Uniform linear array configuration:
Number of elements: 8
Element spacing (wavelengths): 1
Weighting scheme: hamming
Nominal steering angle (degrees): -15
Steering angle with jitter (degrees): -16.229
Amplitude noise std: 0.05
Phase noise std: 0.05

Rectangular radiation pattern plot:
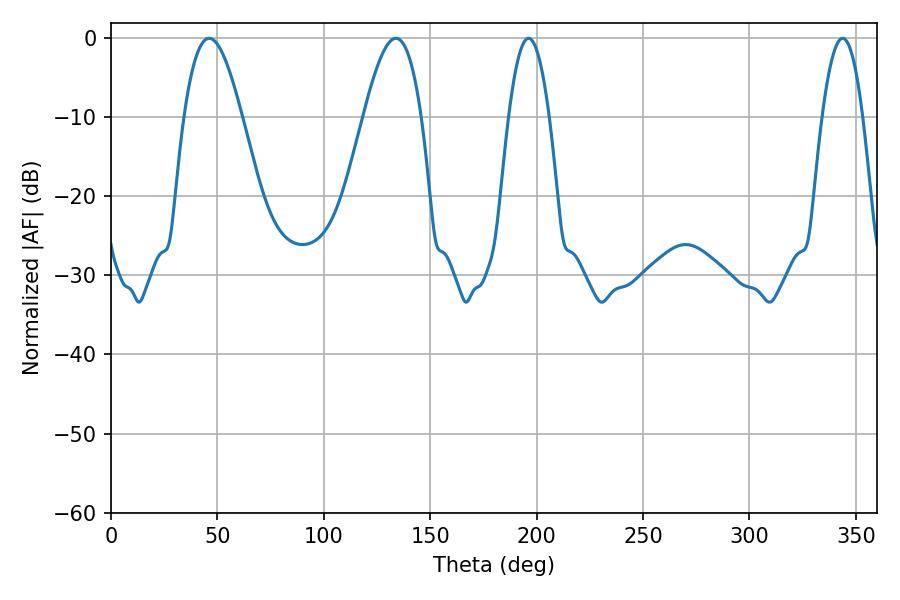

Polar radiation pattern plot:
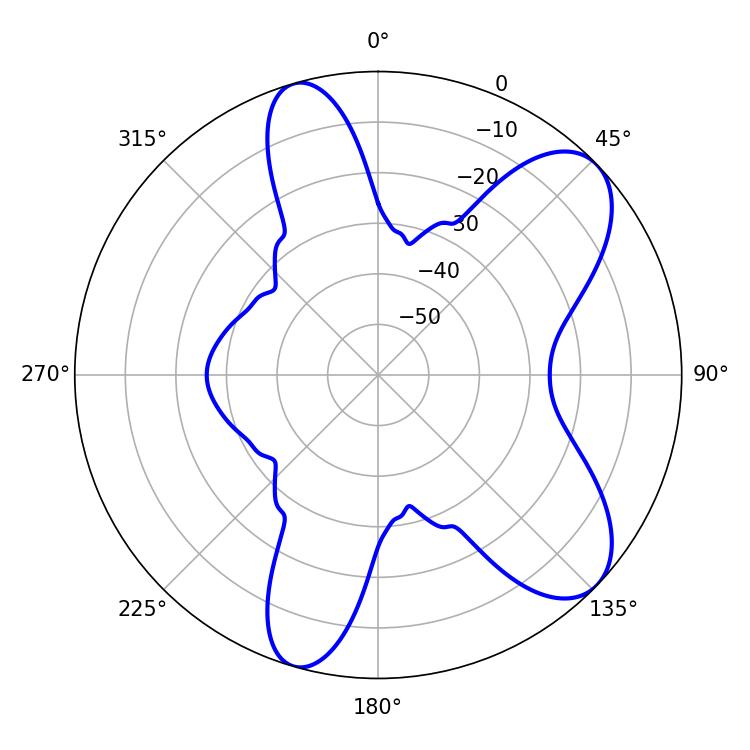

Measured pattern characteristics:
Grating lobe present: TRUE
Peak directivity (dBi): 8.247
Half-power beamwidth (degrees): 10.44
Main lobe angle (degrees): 196.2